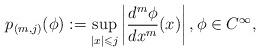
LaTeX: \begin{align*}p_{(m,j)}(\phi) := \sup_{|x| \leqslant j} \left| \dfrac{d^m \phi}{dx^m}(x) \right|, \phi \in C^{\infty},\end{align*}